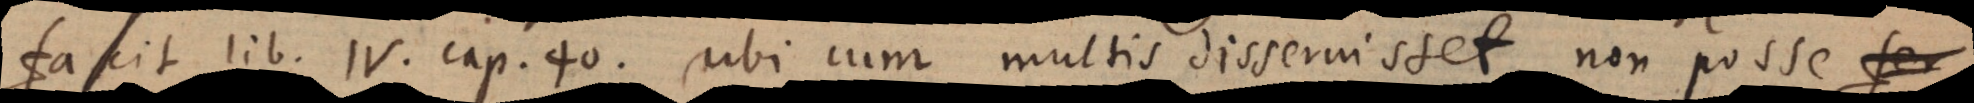
facit lib. IV. cap. 40. ubi cum multis disseruisset, non posse fer